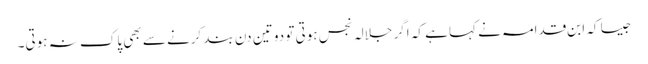
جیسا کہ ابنِ قدامہ نے کہا ہے کہ اگر جلالہ نجس ہوتی تو دو تین دن بند کرنے سے بھی پاک نہ ہوتی۔